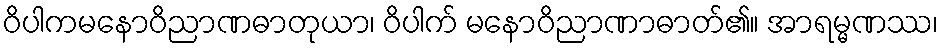
ဝိပါကမနောဝိညာဏဓာတုယာ၊ ဝိပါက် မနောဝိညာဏာဓာတ်၏။ အာရမ္မဏဿ၊